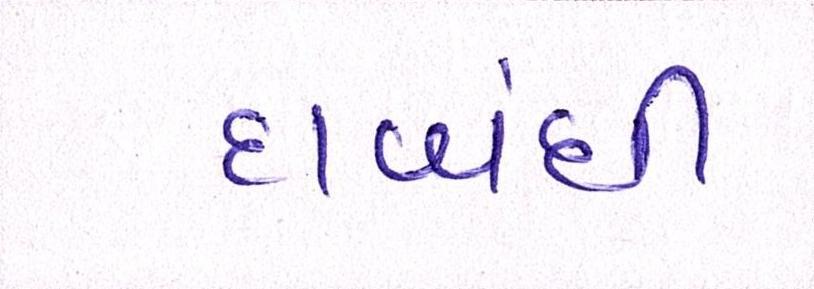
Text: દાબંધી